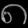
Digit: ၈